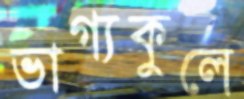
ভাগ্যকুলে